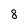
Character: 8